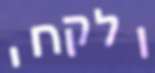
ולקחי